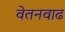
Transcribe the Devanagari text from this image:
वेतनवाढ